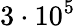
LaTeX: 3\cdot 10^{5}